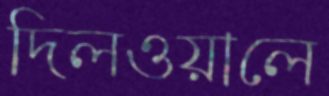
দিলওয়ালে